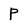
Character: P